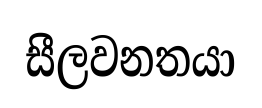
සීලවනතයා